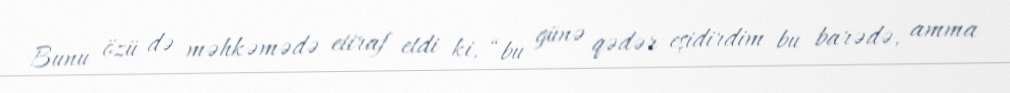
Bunu özü də məhkəmədə etiraf etdi ki, “bu günə qədər eşidirdim bu barədə, amma